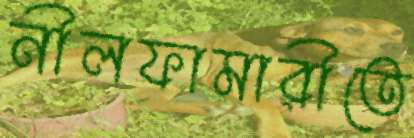
নীলফামারীতে